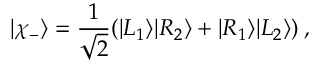
| \chi _ { - } \rangle = \frac { 1 } { \sqrt { 2 } } ( | L _ { 1 } \rangle | R _ { 2 } \rangle + | R _ { 1 } \rangle | L _ { 2 } \rangle ) \: ,